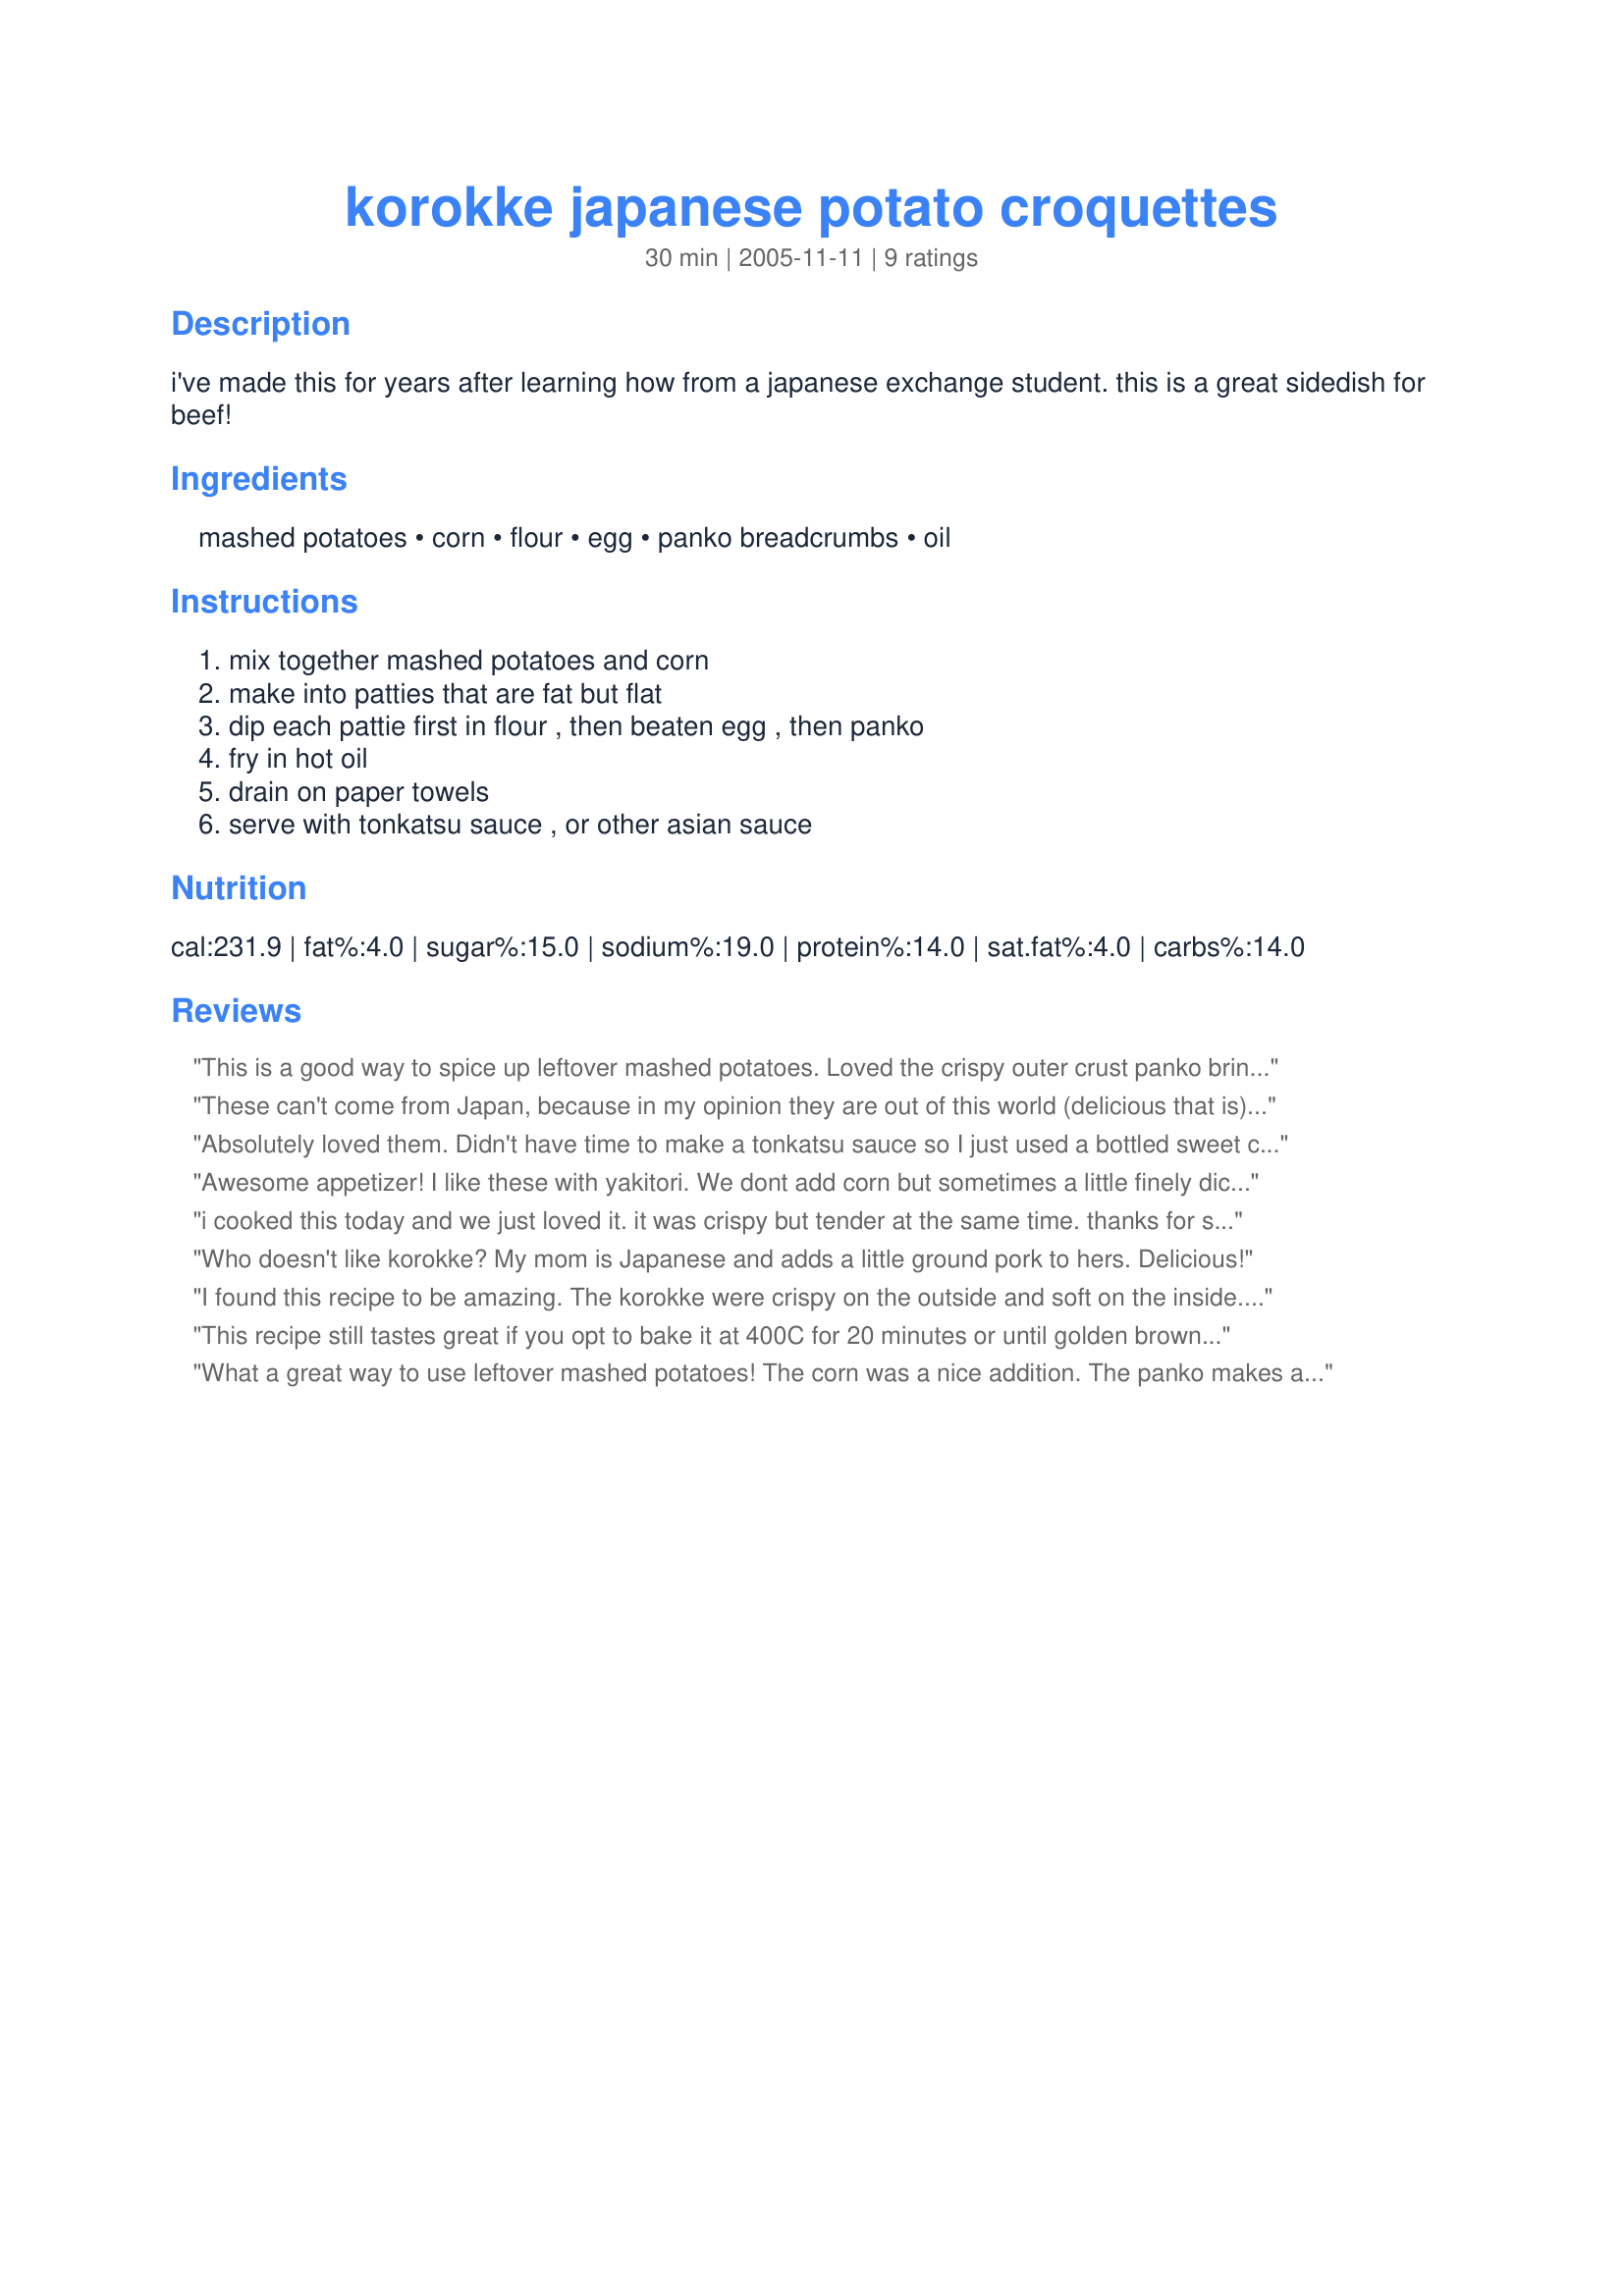
korokke japanese potato croquettes
Preparation time: 30 minutes

i've made this for years after learning how from a japanese exchange student. this is a great sidedish for beef!

Ingredients:
mashed potatoes, corn, flour, egg, panko breadcrumbs, oil

Steps:
mix together mashed potatoes and corn, make into patties that are fat but flat, dip each pattie first in flour , then beaten egg , then panko, fry in hot oil, drain on paper towels, serve with tonkatsu sauce , or other asian sauce

Reviews:
This is a good way to spice up leftover mashed potatoes. Loved the crispy outer crust panko brings and had this when I just felt like nibbling something.
These can't come from Japan, because in my opinion they are out of this world (delicious that is). My New Year's resolution of starting a diet is going to be quite a challenge after discovering this recipe :->
Absolutely loved them. Didn't have time to make a tonkatsu sauce so I just used a bottled sweet chili sauce I had in the fridge. I will definitely make them again. I did add a little red onion to the mixture.
Awesome appetizer! I like these with yakitori.
We dont add corn but sometimes a little finely diced onion or onion powder.
i cooked this today and we just loved it. it was crispy but tender at the same time. thanks for share this recipe.
Who doesn't like korokke? My mom is Japanese and adds a little ground pork to hers. Delicious!
I found this recipe to be amazing. The korokke were crispy on the outside and soft on the inside. I'll certainly be using the recipe again in the future.
This recipe still tastes great if you opt to bake it at 400C for 20 minutes or until golden brown instead of frying it. I added chopped basil, green onion, sausages, and sour cream. Feel free to twist the flavor.
What a great way to use leftover mashed potatoes! The corn was a nice addition. The panko makes a light crunchy crust. I will be making these again. Made for My 3 Chefs. Thanks for posting a winner Charmie.
